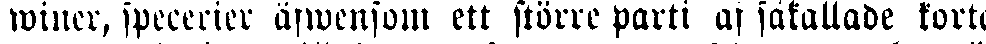
winer, specerier äfwensom ett större parti af såfallande korta